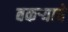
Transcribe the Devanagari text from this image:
बकर्‍याचें